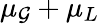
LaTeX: \mu_{\mathcal{G}}+\mu_{L}